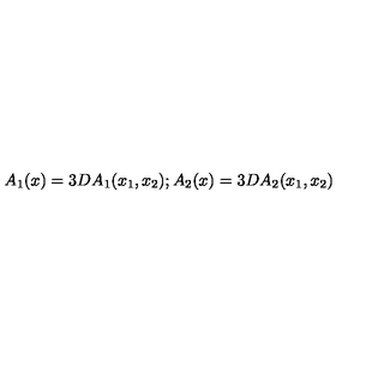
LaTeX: A _ { 1 } ( x ) = 3 D A _ { 1 } ( x _ { 1 } , x _ { 2 } ) ; A _ { 2 } ( x ) = 3 D A _ { 2 } ( x _ { 1 } , x _ { 2 } )